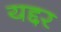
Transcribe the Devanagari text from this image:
यद्दर